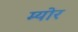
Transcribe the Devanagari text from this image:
म्‍योर